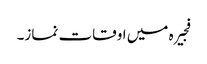
فجیرہ میں اوقات نماز۔